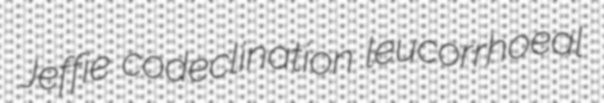
Jeffie codeclination leucorrhoeal